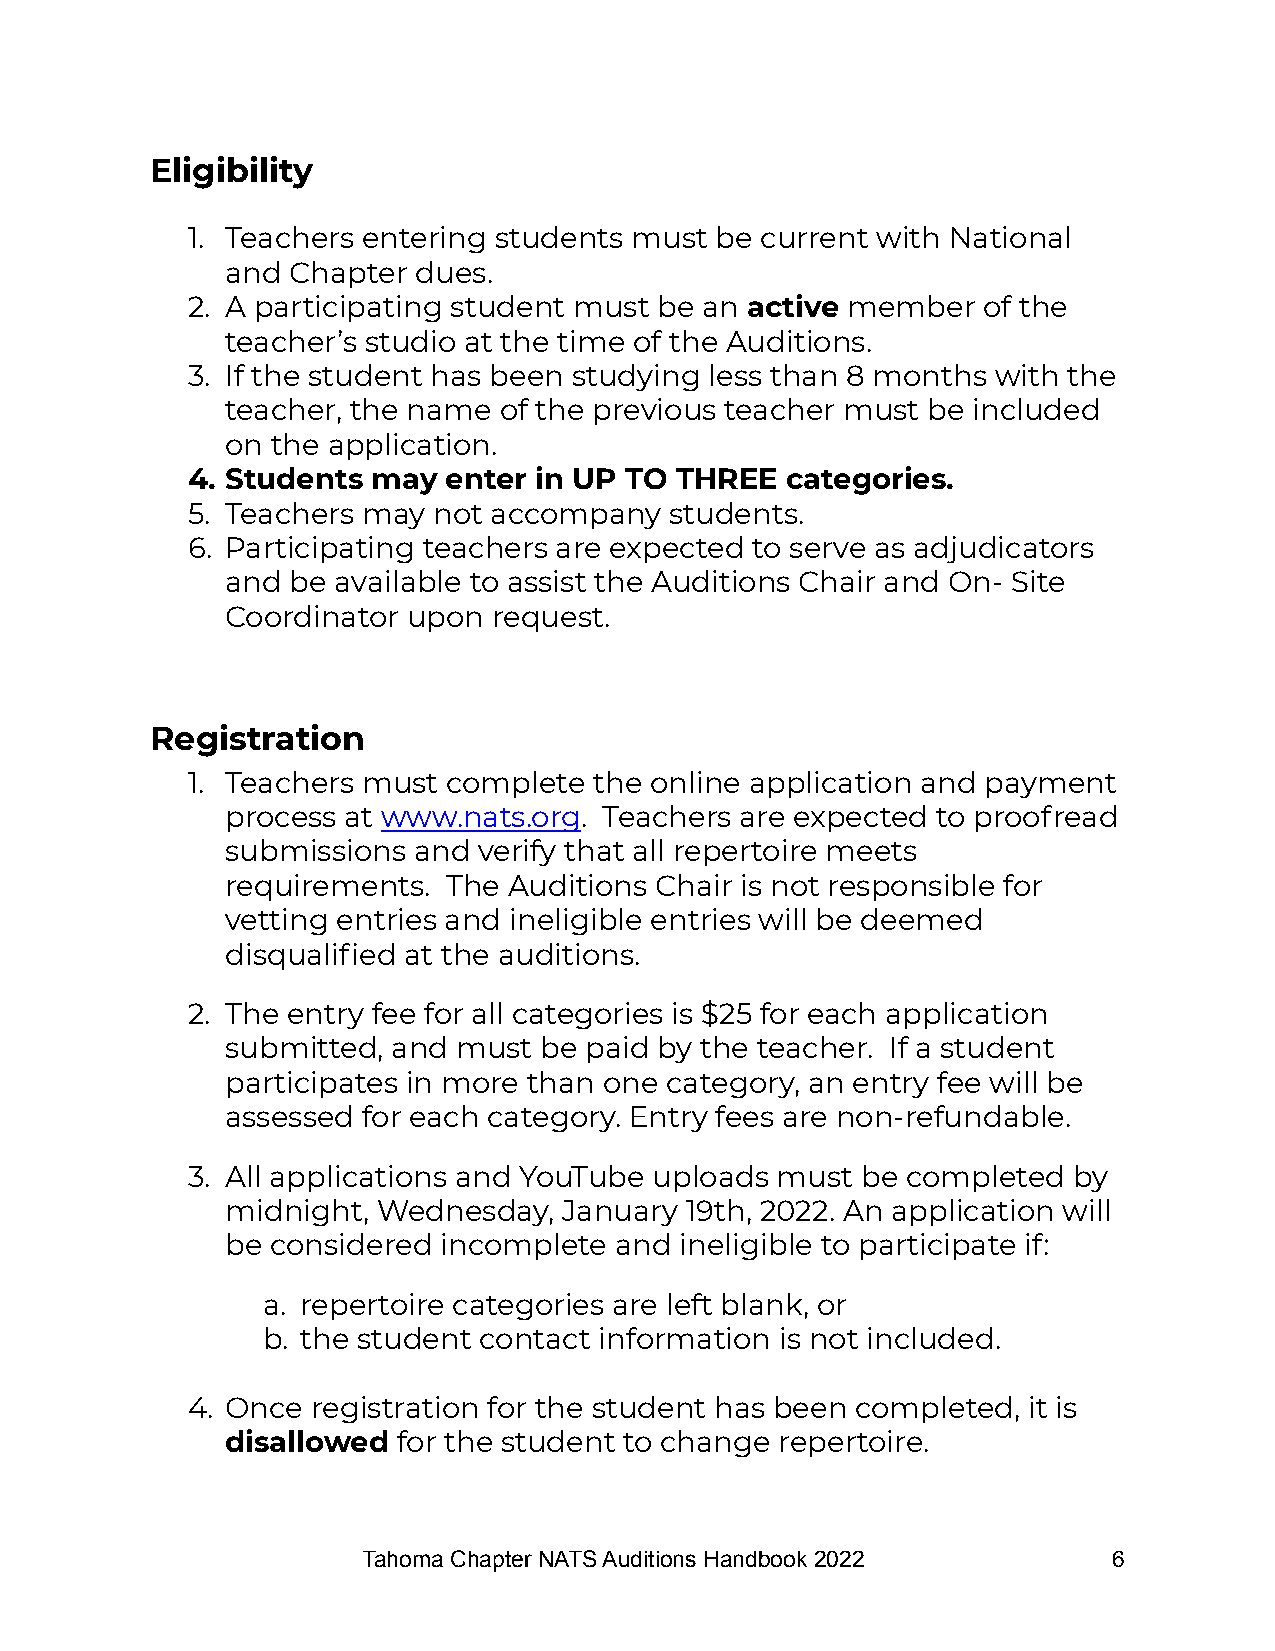
Eligibility
 1. Teachers entering students must be current with National
 and Chapter dues.
 2. A participating student must be an active member  of the
 teacher’s studio at the time of the Auditions.
 3. If the student has been studying less than 8 months with the
 teacher, the name of the previous teacher must be included
 on the application.
 4. Students  may enter in UP TO  THREE  categories.
 5. Teachers may  not accompany  students.
 6. Participating teachers are expected to serve as adjudicators
 and be available to assist the Auditions Chair and On- Site
 Coordinator upon  request.
 Registration
 1. Teachers must  complete the online application and payment
 process at www.nats.org. Teachers are expected to proofread
 submissions and  verify that all repertoire meets
 requirements.  The Auditions Chair is not responsible for
 vetting entries and ineligible entries will be deemed
 disqualified at the auditions.
 2. The entry fee for all categories is $25 for each application
 submitted, and must  be paid by the teacher. If a student
 participates in more than one category, an entry fee will be
 assessed for each category. Entry fees are non-refundable.
 3. All applications and YouTube uploads must be completed  by
 midnight, Wednesday,  January 19th, 2022. An application will
 be considered incomplete  and ineligible to participate if:
 a. repertoire categories are left blank, or
 b. the student contact information is not included.
 4. Once  registration for the student has been completed, it is
 disallowed for the student to change repertoire.
 Tahoma Chapter NATS Auditions Handbook 2022       6